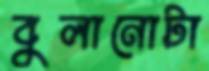
বুলানোটা